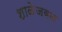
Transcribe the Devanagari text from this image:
शाळेजवळ